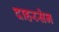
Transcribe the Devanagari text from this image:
दाहरसेन